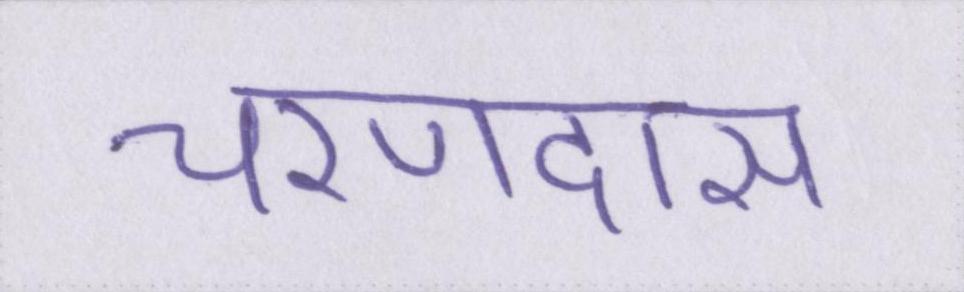
चरणदास